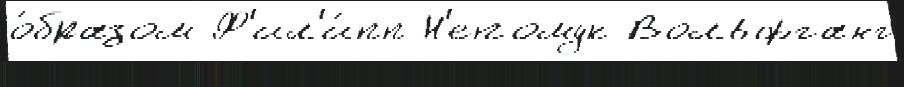
о́бразом Ф'ил'и́пп Н'епомук Вольфганг